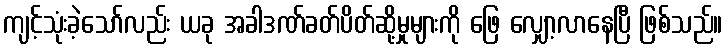
ကျင့်သုံးခဲ့သော်လည်း ယခု အခါဒဏ်ခတ်ပိတ်ဆို့မှုများကို ဖြေ လျှော့လာနေပြီ ဖြစ်သည်။